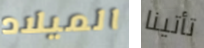
الميلاد تأتينا